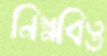
নিম্নবিত্ত